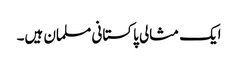
ایک مثالی پاکستانی مسلمان ہیں۔